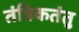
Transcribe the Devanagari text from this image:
तंत्रिकतंतु